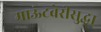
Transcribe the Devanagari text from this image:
माऊंटबेरीसुद्धा